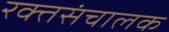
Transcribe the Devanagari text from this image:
रक्तसंचालक